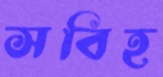
সবিহ